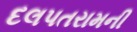
દલપતરામની